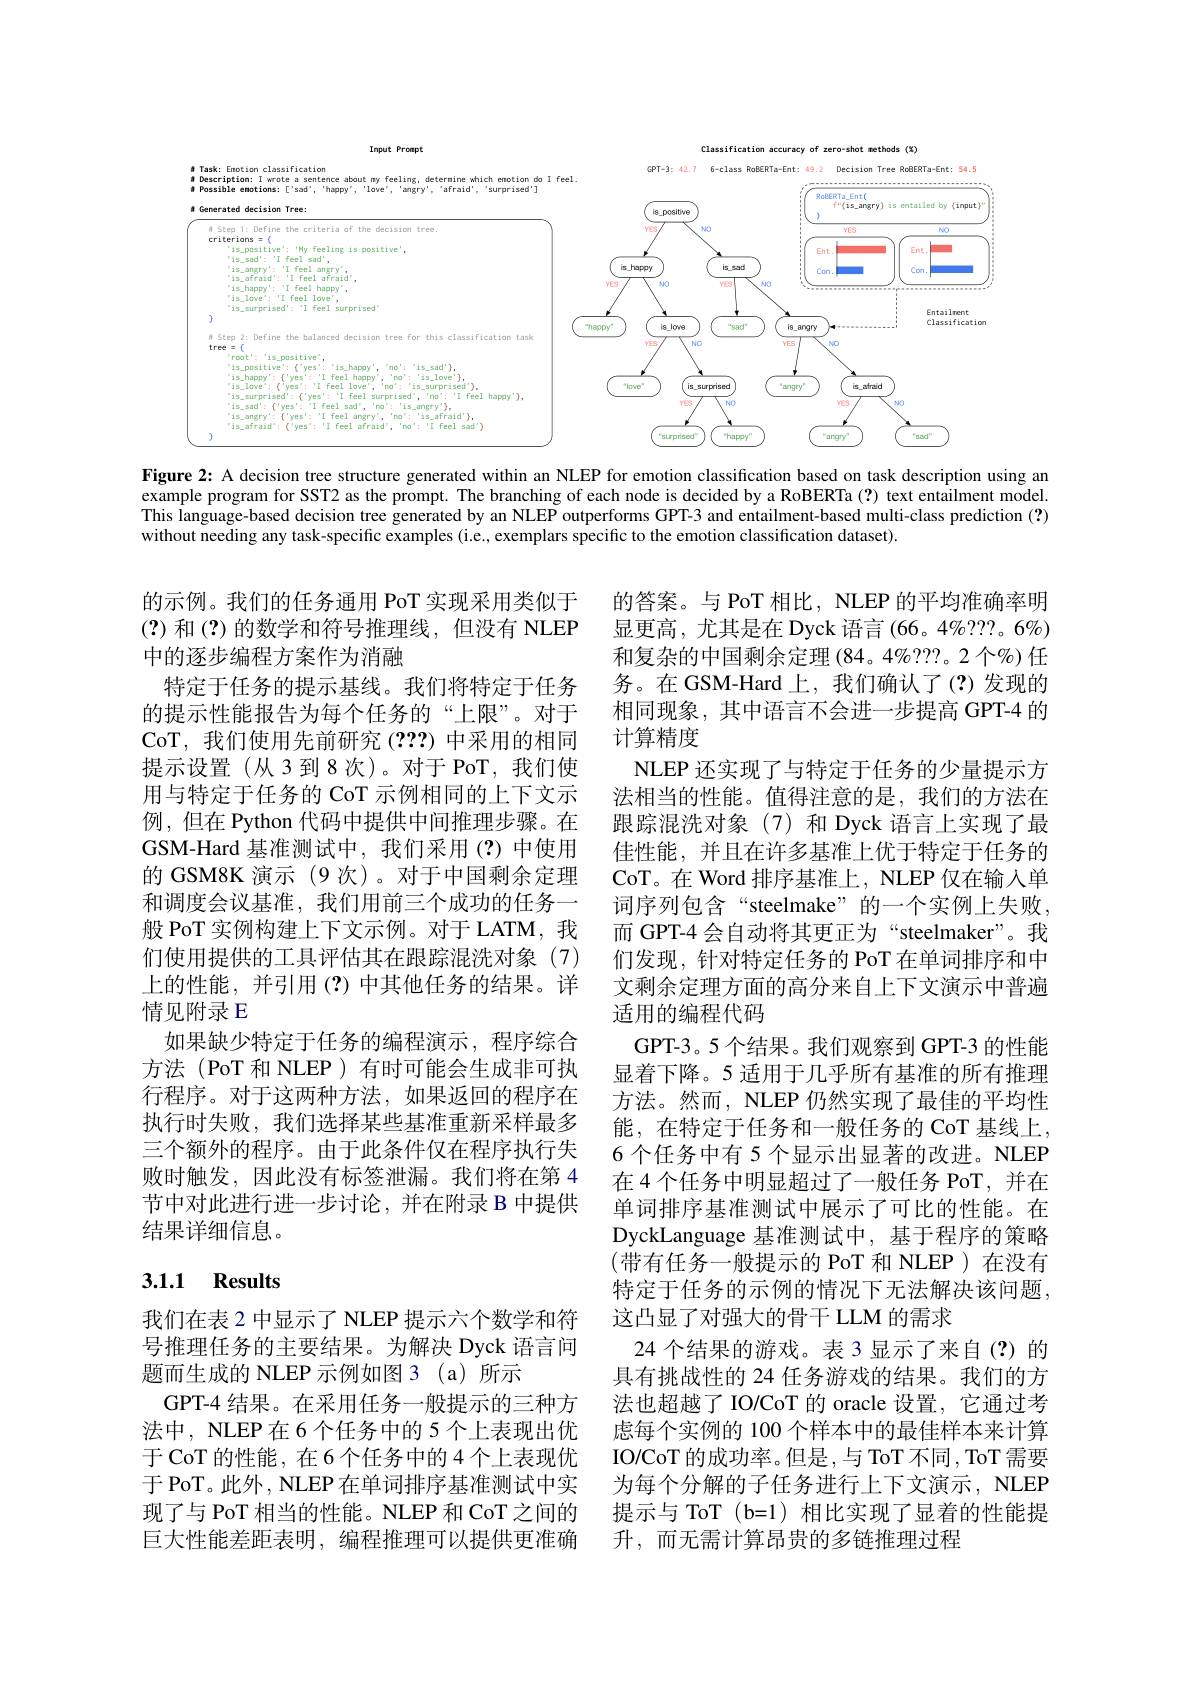
<FigureHere>
Figure 2{:} A decision tree structure generated within an NLEP for emotion classification based on task description using an

example program for SST2 as the prompt. The branching of each node is decided by a RoBERTa (?) text entailment model. This language-based decision tree generated by an NLEP outperforms GPT-3 and entailment-based multi-class prediction(?) without needing any task-specific examples (i.e., exemplars specific to the emotion classification dataset).

的示例。我们的任务通用 PoT 实现采用类似于(?)和(?)的数学和符号推理线，但没有 NLEP 中的逐步编程方案作为消融
特定于任务的提示基线。我们将特定于任务的提示性能报告为每个任务的“上限”。对于CoT, 我们使用先前研究(???) 中采用的相同提示设置(从3到8次)。对于 PoT,我们使用与特定于任务的 CoT 示例相同的上下文示例，但在 Python 代码中提供中间推理步骤。在GSM-Hard 基准测试中，我们采用(?)中使用的 GSM8K 演示 (9 次)。对于中国剩余定理和调度会议基准，我们用前三个成功的任务一般 PoT 实例构建上下文示例。对于 LATM, 我们使用提供的工具评估其在跟踪混洗对象(7) 上的性能，并引用(?)中其他任务的结果。详情见附录 E
如果缺少特定于任务的编程演示，程序综合方法(PoT 和 NLEP)有时可能会生成非可执行程序。对于这两种方法，如果返回的程序在执行时失败，我们选择某些基准重新采样最多三个额外的程序。由于此条件仅在程序执行失败时触发，因此没有标签泄漏。我们将在第 4节中对此进行进一步讨论，并在附录 B 中提供结果详细信息。

的答案。与 PoT 相比，NLEP 的平均准确率明显更高，尤其是在 Dyck 语言 (66。4%???。6%) 和复杂的中国剩余定理(84。4%???。2 个%) 任务。在 GSM-Hard 上，我们确认了(?)发现的相同现象，其中语言不会进一步提高 GPT-4 的计算精度
NLEP 还实现了与特定于任务的少量提示方法相当的性能。值得注意的是，我们的方法在跟踪混洗对象(7)和 Dyck 语言上实现了最佳性能，并且在许多基准上优于特定于任务的CoT。在 Word 排序基准上，NLEP 仅在输入单词序列包含“steelmake”的一个实例上失败， 而 GPT-4 会自动将其更正为“steelmaker”。我们发现，针对特定任务的 PoT 在单词排序和中文剩余定理方面的高分来自上下文演示中普遍适用的编程代码
GPT-3。5 个结果。我们观察到 GPT-3 的性能显着下降。5 适用于几乎所有基准的所有推理方法。然而，NLEP 仍然实现了最佳的平均性能，在特定于任务和一般任务的 CoT 基线上， 6 个任务中有 5 个显示出显著的改进。NLEP 在 4 个任务中明显超过了一般任务 PoT, 并在单词排序基准测试中展示了可比的性能。在DyckLanguage 基准测试中，基于程序的策略(带有任务一般提示的 PoT 和 NLEP)在没有特定于任务的示例的情况下无法解决该问题， 这凸显了对强大的骨干 LLM 的需求
24 个结果的游戏。表 3 显示了来自(?)的具有挑战性的 24 任务游戏的结果。我们的方法也超越了 IO/CoT 的 oracle 设置，它通过考虑每个实例的 100 个样本中的最佳样本来计算IO/CoT 的成功率。但是，与 ToT 不同，ToT 需要为每个分解的子任务进行上下文演示，NLEP 提示与 ToT(b=1)相比实现了显着的性能提升，而无需计算昂贵的多链推理过程

# 3.1.1 Results

我们在表 2 中显示了 NLEP 提示六个数学和符号推理任务的主要结果。为解决 Dyck 语言问题而生成的 NLEP 示例如图 3 (a)所示
GPT-4 结果。在采用任务一般提示的三种方法中，NLEP 在 6 个任务中的 5 个上表现出优于 CoT 的性能，在 6 个任务中的 4 个上表现优于 PoT。此外，NLEP 在单词排序基准测试中实现了与 PoT 相当的性能。NLEP 和 CoT 之间的巨大性能差距表明，编程推理可以提供更准确